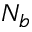
N _ { b }